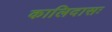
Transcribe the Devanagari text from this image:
कालिदासः